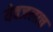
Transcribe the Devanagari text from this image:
येवजलाच